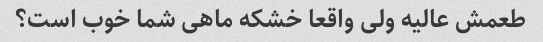
طعمش عالیه ولی واقعا خشکه ماهی شما خوب است؟